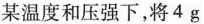
某温度和压强下，将4g